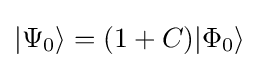
|\Psi _{0}\rangle =(1+C)|\Phi _{0}\rangle